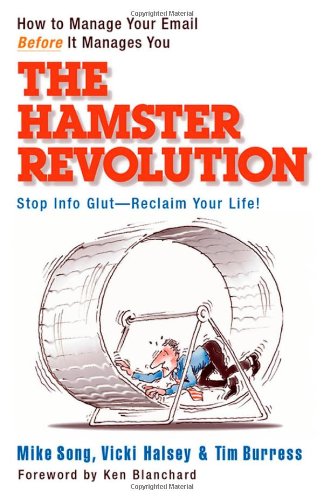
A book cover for The Hamster Revolution: How to Manage Your Email Before It Manages You (Bk Business); Mike Song; Computers & Technology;